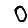
Digit: 0